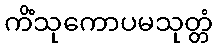
ကိံသုကောပမသုတ္တံ